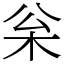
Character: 枀